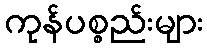
ကုန်ပစ္စည်းများ